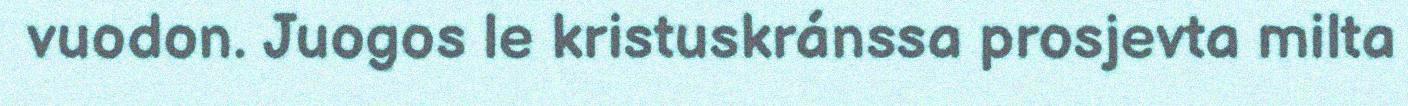
vuodon. Juogos le kristuskránssa prosjevta milta